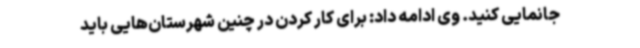
جانمایی کنید. وی ادامه داد: برای کار کردن در چنین شهرستان‌هایی باید